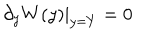
\partial _ { y } W ( y ) | _ { y = Y } = 0